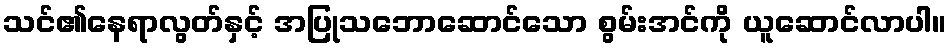
သင်၏နေရာလွတ်နှင့် အပြုသဘောဆောင်သော စွမ်းအင်ကို ယူဆောင်လာပါ။